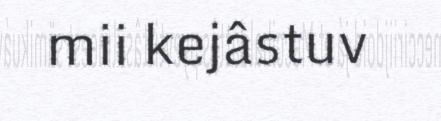
mii kejâstuv